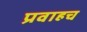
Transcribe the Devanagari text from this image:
प्रवाहच